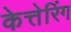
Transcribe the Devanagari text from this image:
केत्तेरिंग